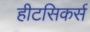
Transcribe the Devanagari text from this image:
हीटसिकर्स